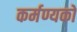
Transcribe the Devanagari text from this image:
कर्मण्यकों